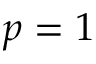
p = 1